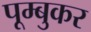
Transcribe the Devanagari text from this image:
पूम्बुकर